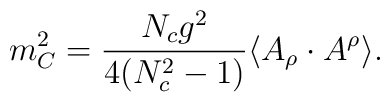
m_C^2 =\frac{N_c g^2}{4(N_c^2-1)}      \langle A_\rho \cdot A^\rho \rangle  .